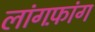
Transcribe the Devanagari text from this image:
लांगफ़ांग